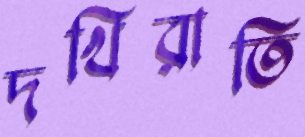
দখিরাতি